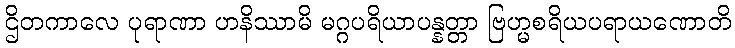
ဌိတကာလေ ပုရာဏာ ဟနိဿာမိ မဂ္ဂပရိယာပန္နတ္တာ ဗြဟ္မစရိယပရာယဏောတိ